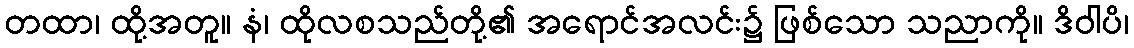
တထာ၊ ထို့အတူ။ နံ၊ ထိုလစသည်တို့၏ အရောင်အလင်း၌ ဖြစ်သော သညာကို။ ဒိဝါပိ၊